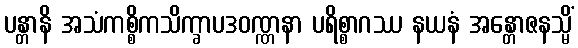
ပန္တာနိ အသံကစ္စိကသိက္ခာပဒဝဏ္ဏနာ ပရိစ္စာဂဿ နယနံ အန္တောဇနသ္မိံ